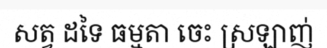
សត្វ ដទៃ ធម្មតា ចេះ ស្រឡាញ់